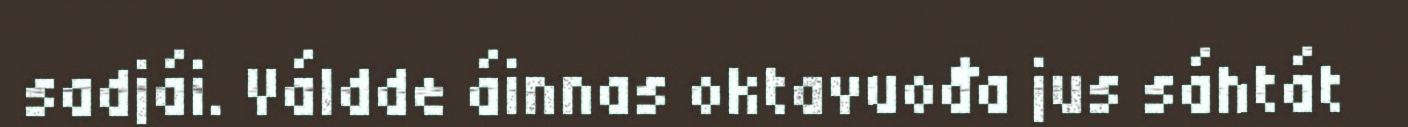
sadjái. Váldde áinnas oktavuođa jus sáhtát